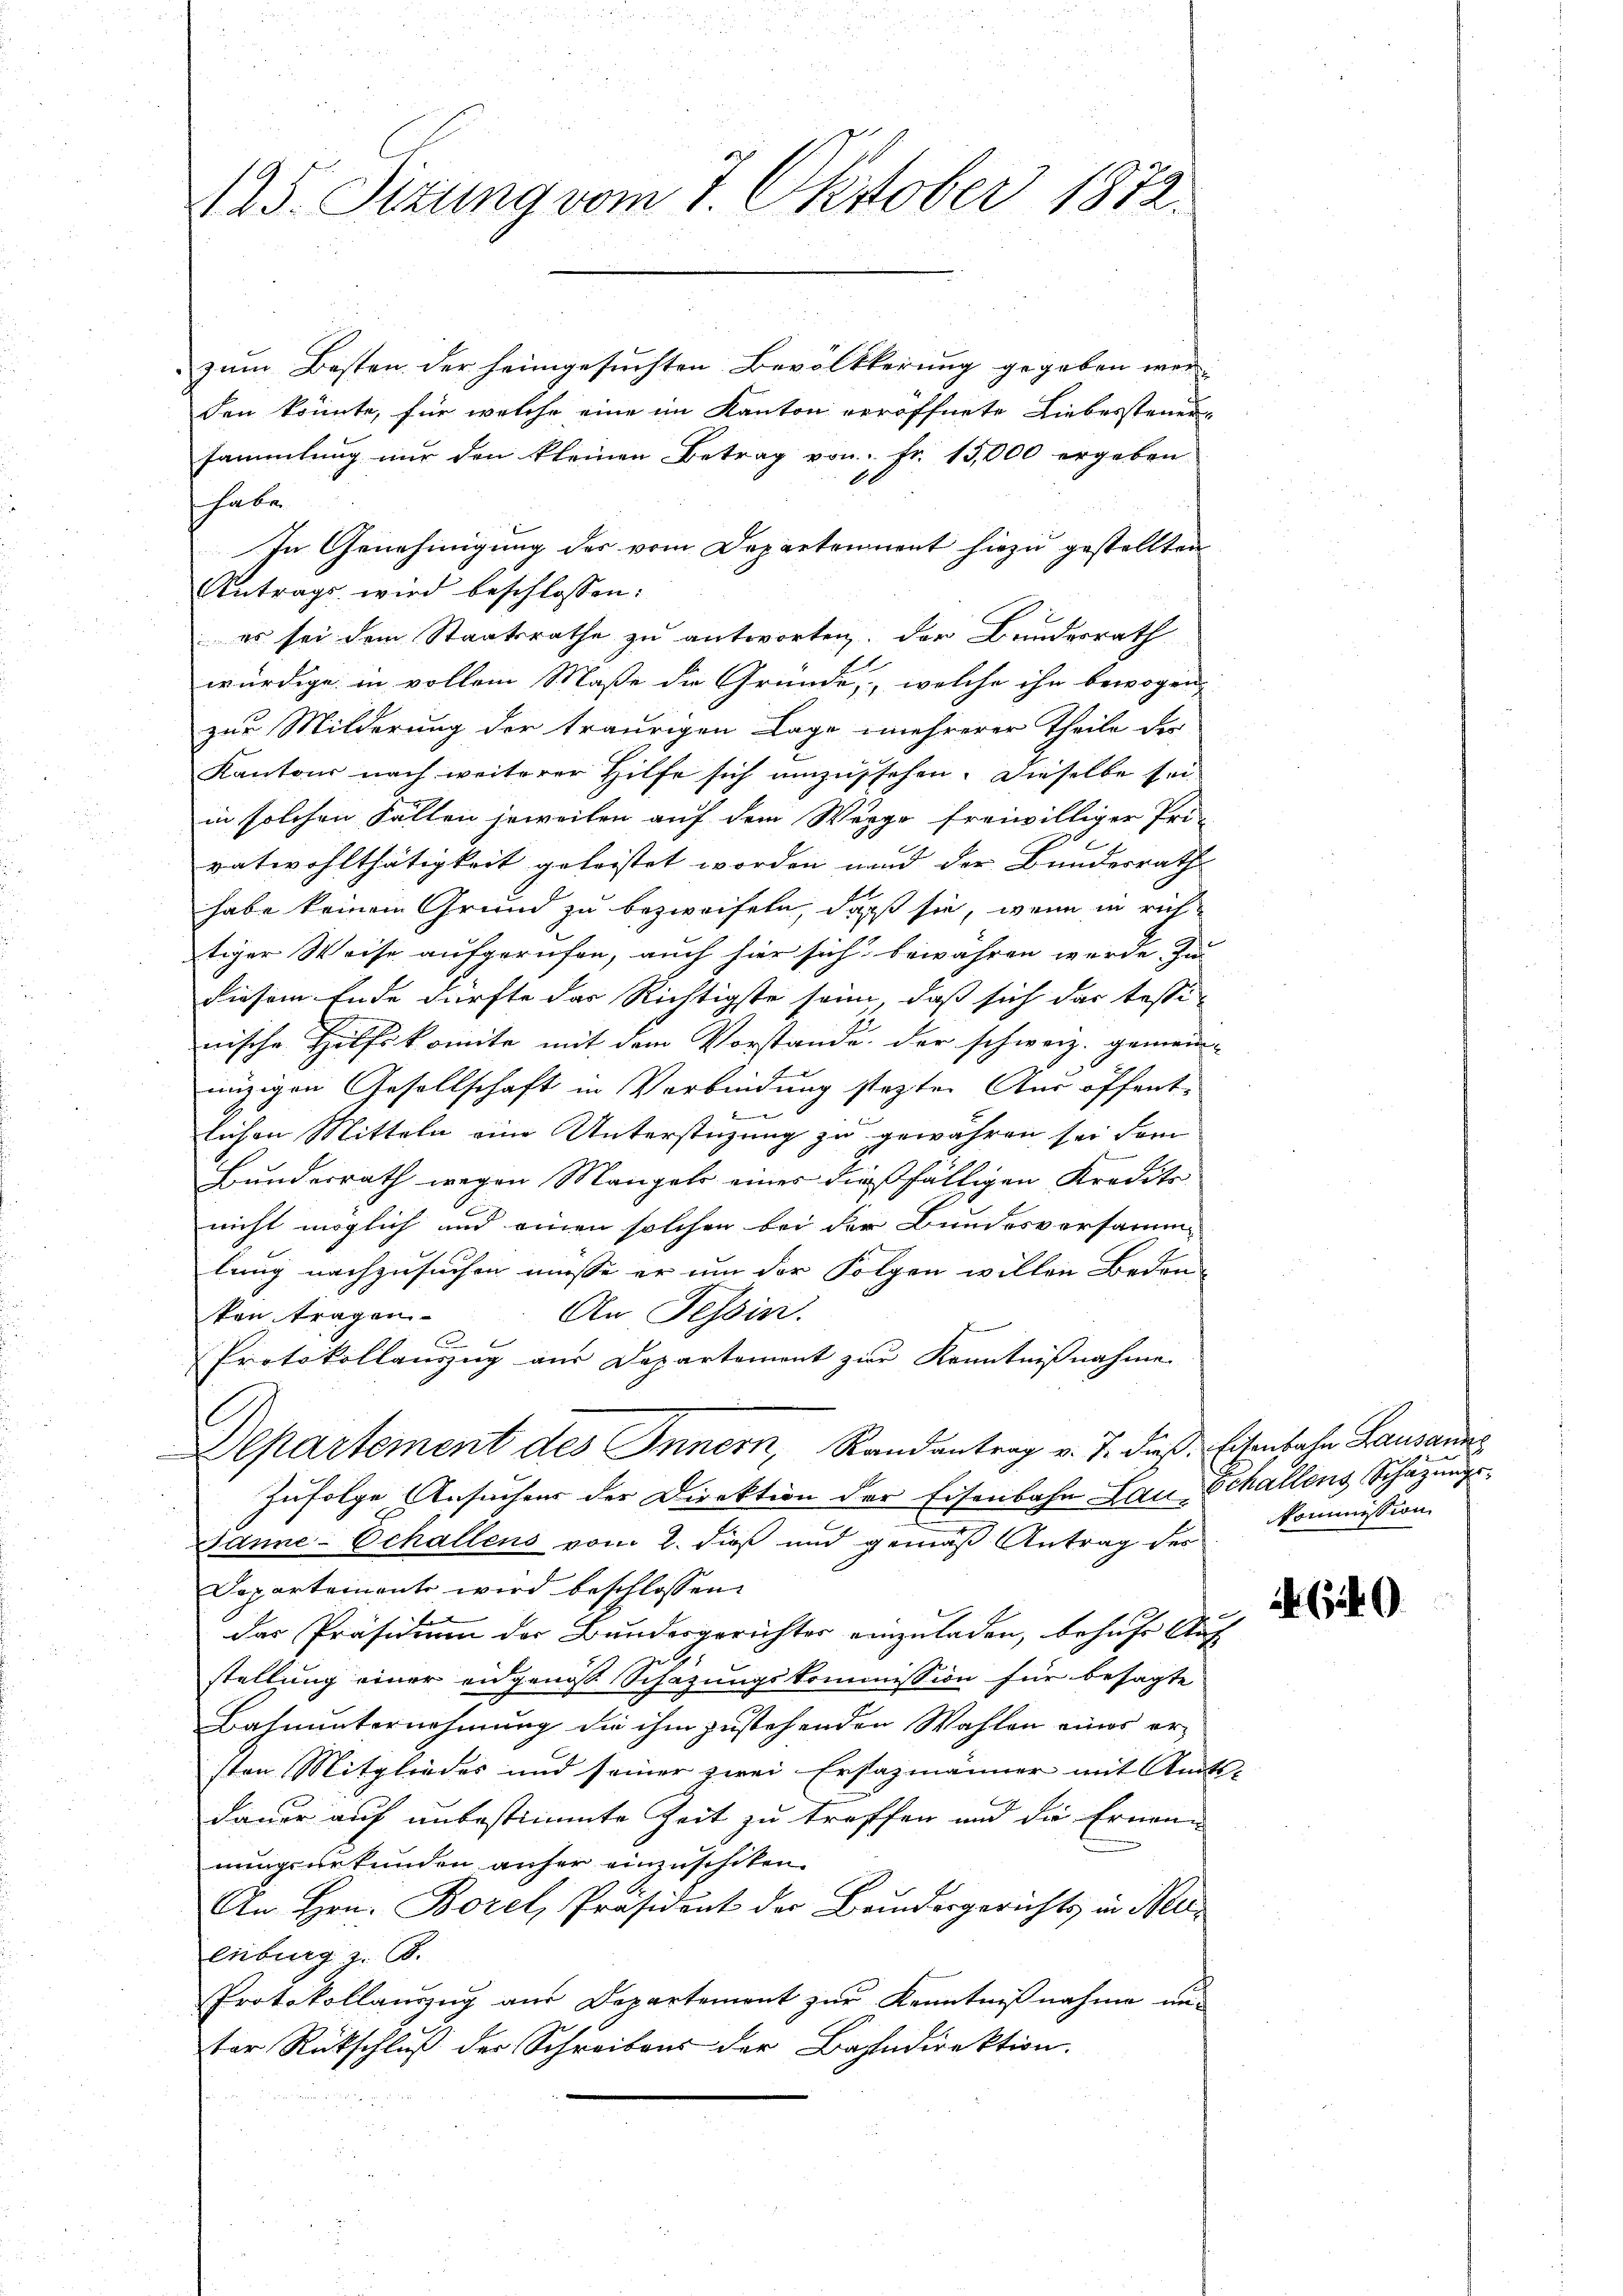
425. Sizung vom 7. Oktober 1872.

zum Besten der heimgesuchten Bevölkkerung gegeben wer
den könnte, für welche eine im Kanton veröffnete Liebessteuer-
sammlung nur den kleinen Betrag von fr. 15,000 ergeben
 haben.
In Genehmigung des vom Departement hiezu gestellten
Antrags wird beschlossen:
 es sei dem Staatsrathe zu antworten. Der Bundesrath
würdige in vollem Maße die Gründe, welche ihn bewogen. |
zur Milderung der traurigen Lage mehrerer Theile der
Kantons nach weiterer Hilfe sich umzustehen. Dieselbe sei
in solchen Fällen jeweilen auf dem Werge freiwilliger Pri-
eatwohlthätigkeit geleistet worden und der Bundesrath
habe keinem Grund zu bezweifeln, daß sie, wenn in richtiger Weise aufgerufen, auch hier sich bewähren werde. Zu
diesem Ende dürfte das Richtigste sein, daß sich das testi-
nische Hilfskomite mit dem Vorstande der schweiz. gemein-
nüzigen Gesellschaft in Verbindung stetten Aus öffent-
lichen Mitteln eine Unterstüzung zu gewähren sei dem
Bundesrath wegen Mangels einer dießfälligen Kredito
nicht möglich und einen solchen bei der Bundesversamm
lung nachzusuchen müsse er um der Folgen willen Beden-
An Tessin.
ken tragen.
C
Protokollauszug aus Departement zur Kenntnißnahme
l
Departement des Innern, Randantrag v. J. dieß, Eisenbahn Lausanne
Zufolge Ansuchens der Direktion der Eisenbahn Lau¬
Janne-Echallens vom 2. dieß und gemäß Antrag des
Dopartement wird beschlossen:
 f 0
das Präsidium der Bundesgerichter einzuladen, behufs Auf-
stellung einer angenos Schazungskommission für besagte
Bahnunternehmung die ihm zustehenden Wahlen eines ersten Mitgliedes und seiner zwei Ersazmänner mit Amts
Dauer auf unbestimmte Zeit zu treffen und die Ernenn
nungsurkunden anher einzuschiken.
An Hrn. Borel, Präsident der Brudergerichts in Mueiburg z. B.
Protokollanzug aus Departement zur Kenntnißnahme un-
ter Rückschluß der Schreibens der Bahndirektion.

Echallons Schazungskommission

2